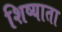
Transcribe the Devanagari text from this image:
शिष्याता